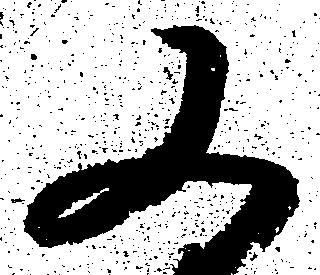
又